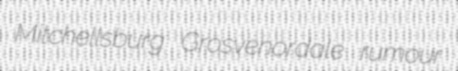
Mitchellsburg Grosvenordale rumour